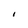
Character: I